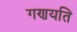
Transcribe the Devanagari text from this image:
गणयति